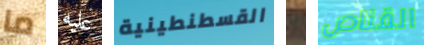
ما عليه القسطنطينية يا القناص